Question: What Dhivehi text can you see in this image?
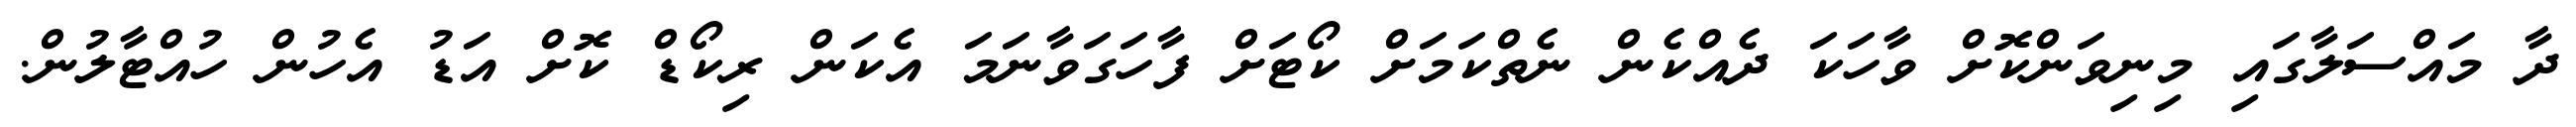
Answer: ދާ މައްސަލާގައި މިނިވަންކޮށް ވާހަކަ ދެއްކެން ނެތްކަމަށް ކޯޓަށް ފާހަގަވާނަމަ އެކަން ރިކޯޑް ކޮށް އަޑު އެހުން ހުއްޓާލުން.